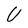
Character: U